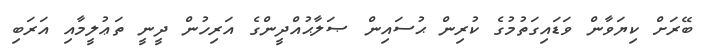
ބޭރަށް ކިޔަވާން ވަޑައިގަތުމުގެ ކުރިން ޙުސައިން ޞަލާޙުއްދީންގެ އަރިހުން ދީނީ ތަޢުލީމާއި އަރަބި